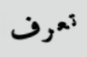
تعرف